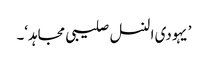
’یہودی النسل صلیبی مجاہد‘۔